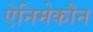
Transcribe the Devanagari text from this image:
ऐनिमेकौन